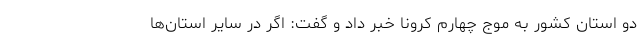
دو استان کشور به موج چهارم کرونا خبر داد و گفت: اگر در سایر استان‌ها